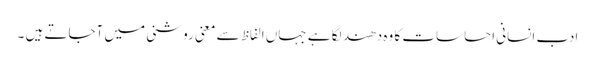
ادب انسانی احساسات کا وہ دھند لگا ہے جہاں الفاظ سے معنی روشنی میں آجاتے ہیں ۔